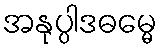
အနုပ္ပါဒဓမ္မေ